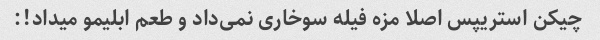
چیکن استریپس اصلا مزه فیله سوخاری نمی‌داد و طعم ابلیمو میداد!: